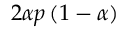
2 \alpha p \left( 1 - \alpha \right)